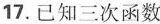
17.已知三次函数f(x)=ax'+bx'+cx+d的图像如图所示，